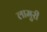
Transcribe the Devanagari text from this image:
लामुरी